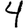
Digit: 4